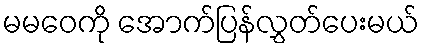
မမဝေကို အောက်ပြန်လွှတ်ပေးမယ်